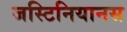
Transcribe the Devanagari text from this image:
जस्टिनियानस